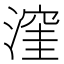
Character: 漥